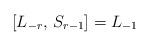
LaTeX: \begin{align*} [L_{-r}, \, S_{r-1}] = L_{-1}\end{align*}